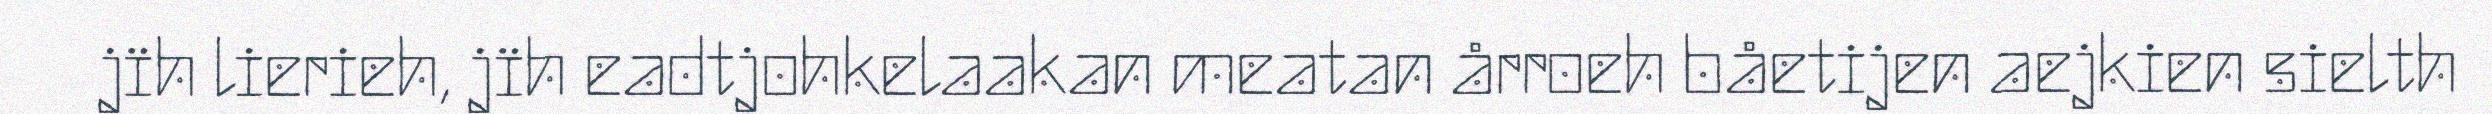
jïh lierieh, jïh eadtjohkelaakan meatan årroeh båetijen aejkien sielth